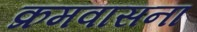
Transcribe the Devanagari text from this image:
क्रमवासना